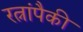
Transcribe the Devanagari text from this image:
रत्नांपैकी